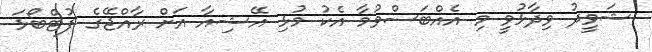
ޝަވީދު ވިދާޅުވީ މި އެއްބަސްވުމާ އެކު މުޅި އޭޝިއާ އަށް ރާއްޖޭގެ ފުޓްބޯޅަ